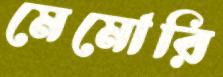
মেমোরি